NAE_kihelkonnakohtute_kirjad_ja_protokollid_1869-1889, lk 8
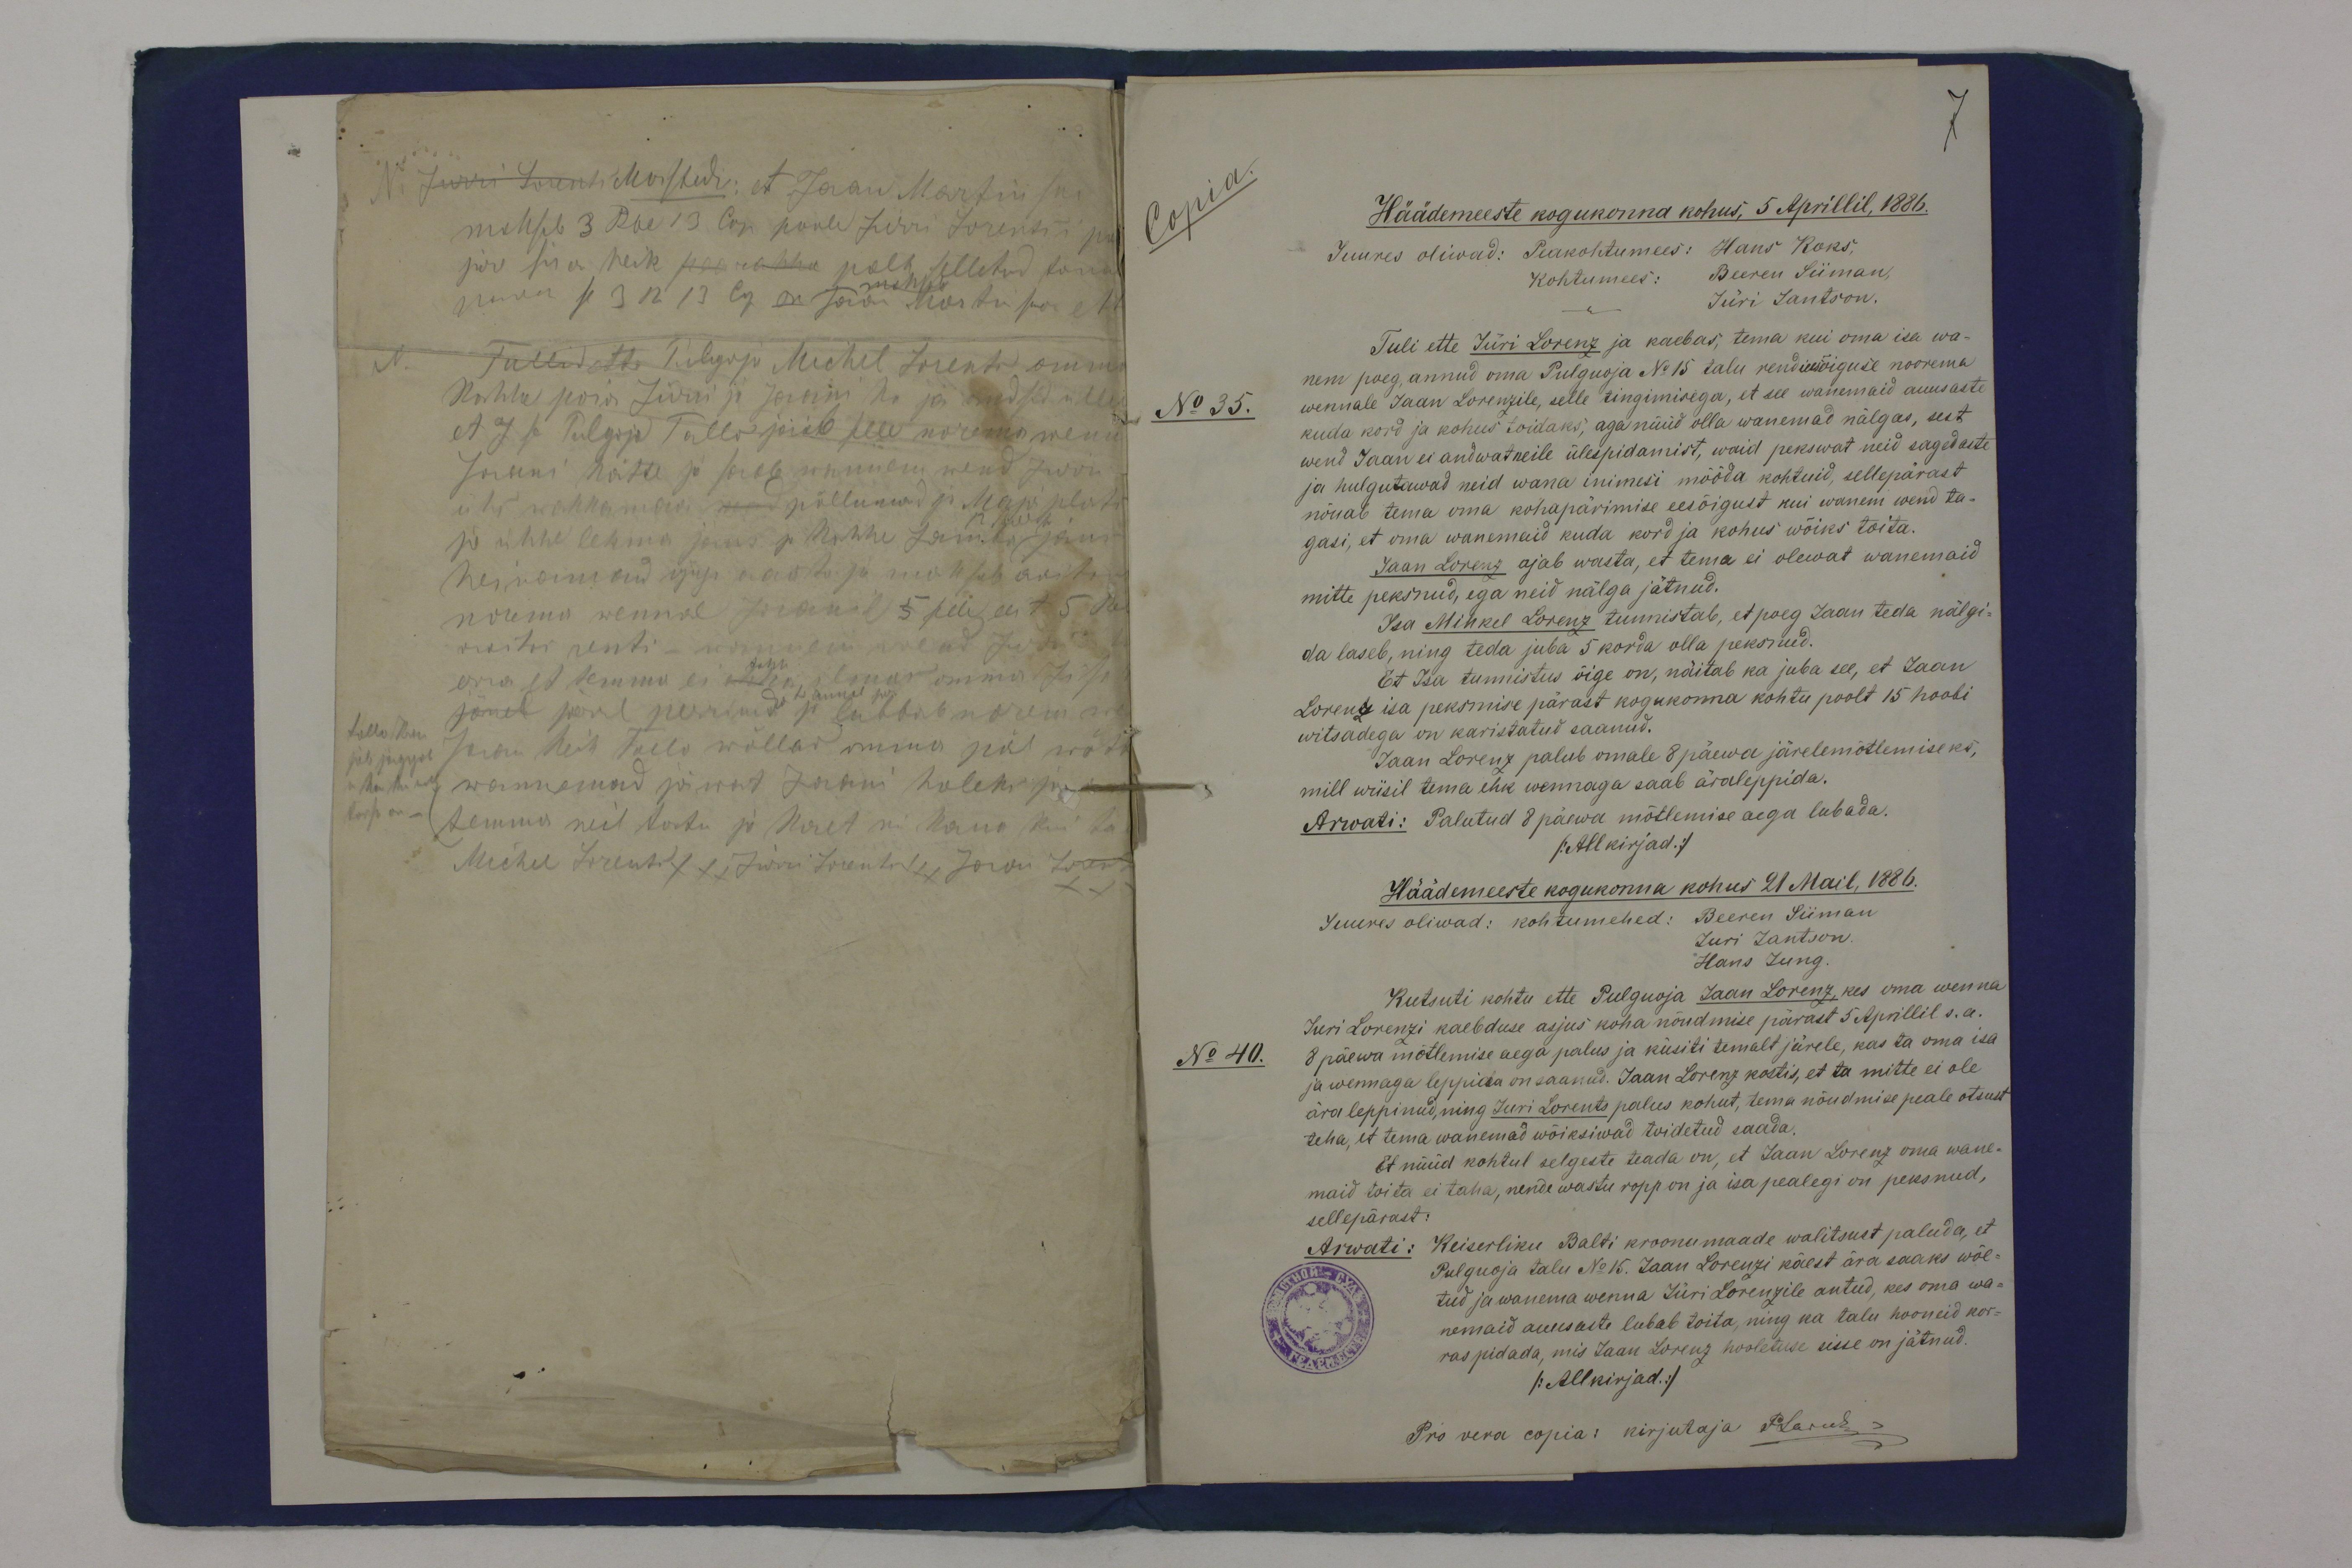
No 35.
No 40.

Häädemeeste kogukonna kohus, 5 Aprillil, 1886.
Juures oliwad: Peakohtumees: Hans Koks.
Tuli ette Jüri Lorenz ja kaebas, tema kui oma isa wa-
nem poeg, annud oma Pulguoja No 15 talu rendiusõiguse noorema
wennale Jaan Lorenzile, selle tingimisega, et see wanemaid auusaste
kuda kord ja kohus toidaks, aga nüüd olla wanemad nälgas, sest
wend Jaan ei andwat neile ülespidamist, waid pekswat neid sagedaste
ja hulgutawad neid wana inimesi mööda kohtuid, sellepärast
nõuab tema oma kohapärimise eesõigust kui wanem wend ta-
gasi, et oma wanemaid kuda kord ja kohus wõiks toita.
Jaan Lorenz ajab wasta, et tema ei olewat wanemaid
mitte peksnud, ega neid nälga jätnud.
Isa Mihkel Lorenz tunnistab, et poeg Jaan teda nälgi-
da laseb, ning teda juba 5 korda olla peksnud.
Et Isa tunnistus õige on, näitab ka juba see, et Jaan
Lorenz isa peksmise pärast kogukonna kohtu poolt 15 hoobi
witsadega on karistatud saanud.
Jaan Lorenz palub omale 8 päewa järelemõtlemiseks,
mill wiisil tema ehk wennaga saab äraleppida.
Arwati: Palutud 8 päewa mõtlemise aega lubada.
( Allkirjad.)
Häädemeeste kogukonna kohus 21 Mail, 1886.
Juures oliwad: kohtumehed: Beeren Siiman
Juri Jantson.
Hans Jung
Kutsuti kohtu ette Pulguoja Jaan Lorenz, kes oma wenna
Juri Lorenzi kaebduse asjus koha nõudmise pärast 5 Aprillil s.a.
8 päewa mõtlemise aega palus ja küsiti temalt järele, kas ta oma isa
ja wennaga leppida on saanud. Jaan Lorenz kostis, et ta mitte ei ole
ära leppinud, ning Juri Lorents palus kohut, tema nõudmise peale otsust
teha, et tema wanemad wõiksiwad toidetud saada.
Et nüüd kohtul selgeste teada on, et Jaan Lorenz oma wane-
maid toita ei taha, nende wastu ropp on ja isa pealegi on peksnud,
sellepärast:
Arwati: Keiserliku Balti kooonumaade walitsust paluda, et
Pulguoja talu No 15. Jaan Lorenzi käest ära saaks wõe-
tud ja wanema wenna Jüri Lorenzile antud, kes oma wa-
nemaid auusaste lubab toita, ning ka talu hooneid kor-
raspidada, mis Jaan Lorenz hooletuse sisse on jätnud.
/Allkirjad/